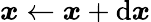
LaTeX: {\boldsymbol{x}}\gets{\boldsymbol{x}}+\mathrm{d}{\boldsymbol{x}}